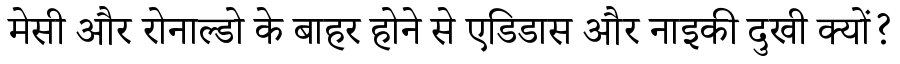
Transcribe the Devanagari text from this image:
मेसी और रोनाल्डो के बाहर होने से एडिडास और नाइकी दुखी क्यों?